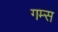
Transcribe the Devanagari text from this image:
गम्स